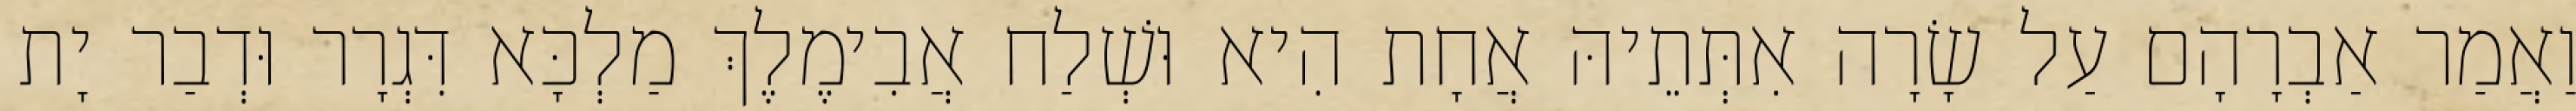
וַאֲמַר אַבְרָהָם עַל שָׂרָה אִתְּתֵיהּ אֲחָת הִיא וּשְׁלַח אֲבִימֶלֶךְ מַלְכָּא דִּגְרָר וּדְבַר יָת